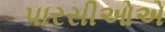
પારસીઓએ